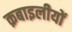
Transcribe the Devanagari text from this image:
क़बाइलीयों